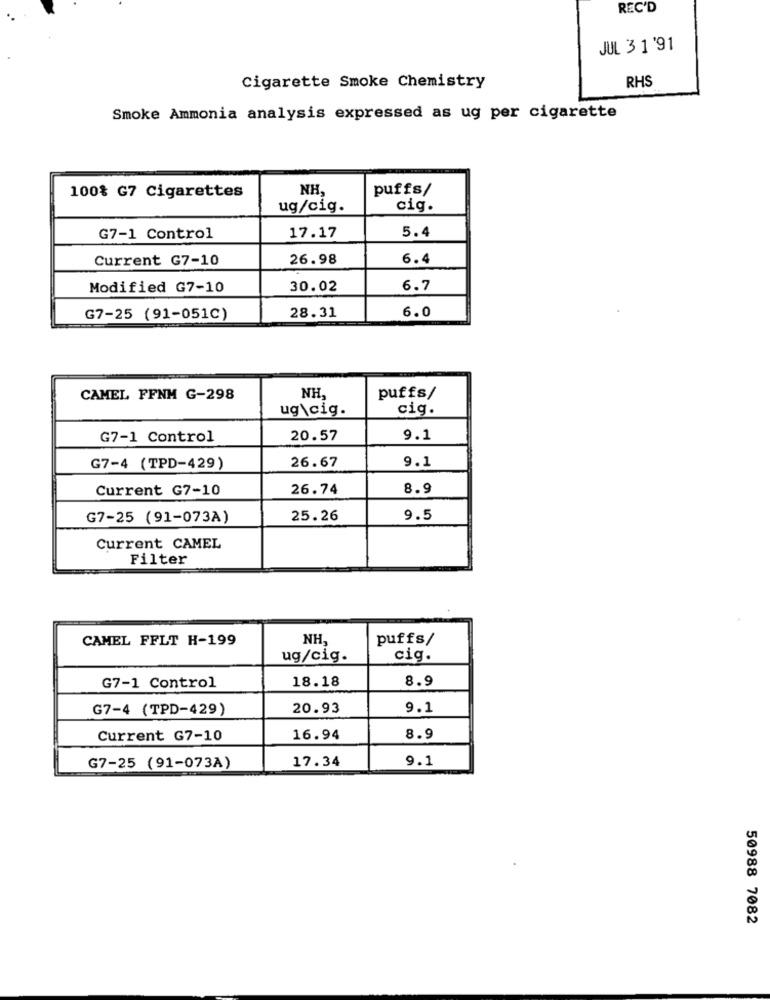
REC'D
JUL 3 1'91
Cigarette Smoke Chemistry
RHS
Smoke Ammonia analysis expressed as ug per cigarette
NH,
puffs/
100% G7 Cigarettes
ug/cig.
cig.
5.4
G7-1 Control
17.17
Current G7-10
26.98
6.4
Modified G7-10
30.02
6.7
6.0
G7-25 (91-051C)
28.31
CAMEL FFNM G-298
NH,
puffs/
ug\cig.
cig.
G7-1 Control
20.57
9.1
26.67
9.1
G7-4 (TPD-429)
Current G7-10
26.74
8.9
G7-25 (91-073A)
25.26
9.5
Current CAMEL
Filter
CAMEL FFLT H-199
NH,
puffs/
ug/cig.
cig.
18.18
8.9
G7-1 Control
G7-4 (TPD-429)
20.93
9.1
Current G7-10
16.94
8.9
17.34
9.1
G7-25 (91-073A)
50988 7082